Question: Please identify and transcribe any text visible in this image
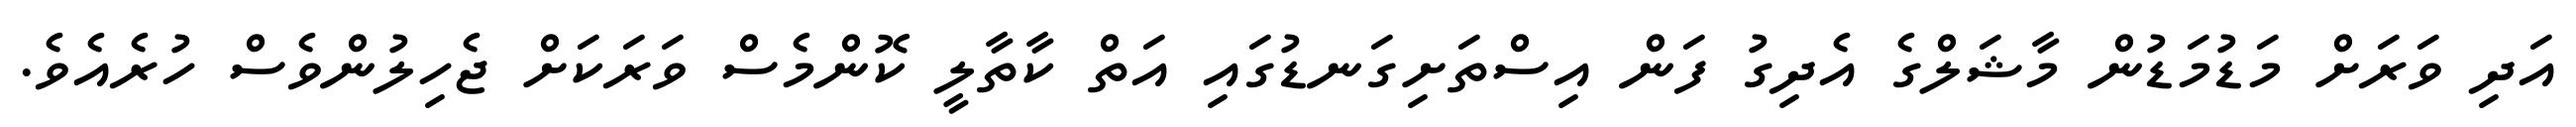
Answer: އަދި ވަރަށް މަޑުމަޑުން މާޝަލްގެ އެދިގު ފަން އިސްތަށިގަނޑުގައި އަތް ކާތާލީ ކޮންމެސް ވަރަކަށް ޖެހިލުންވެސް ހުރެއެވެ.